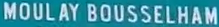
MOULAY BOUSSELHAM